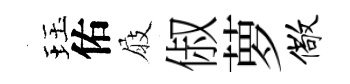
珏佑屐俶萝儆